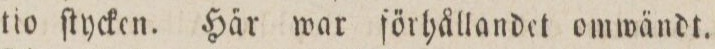
tio ſtycken. Här war förhållandet omwändt.